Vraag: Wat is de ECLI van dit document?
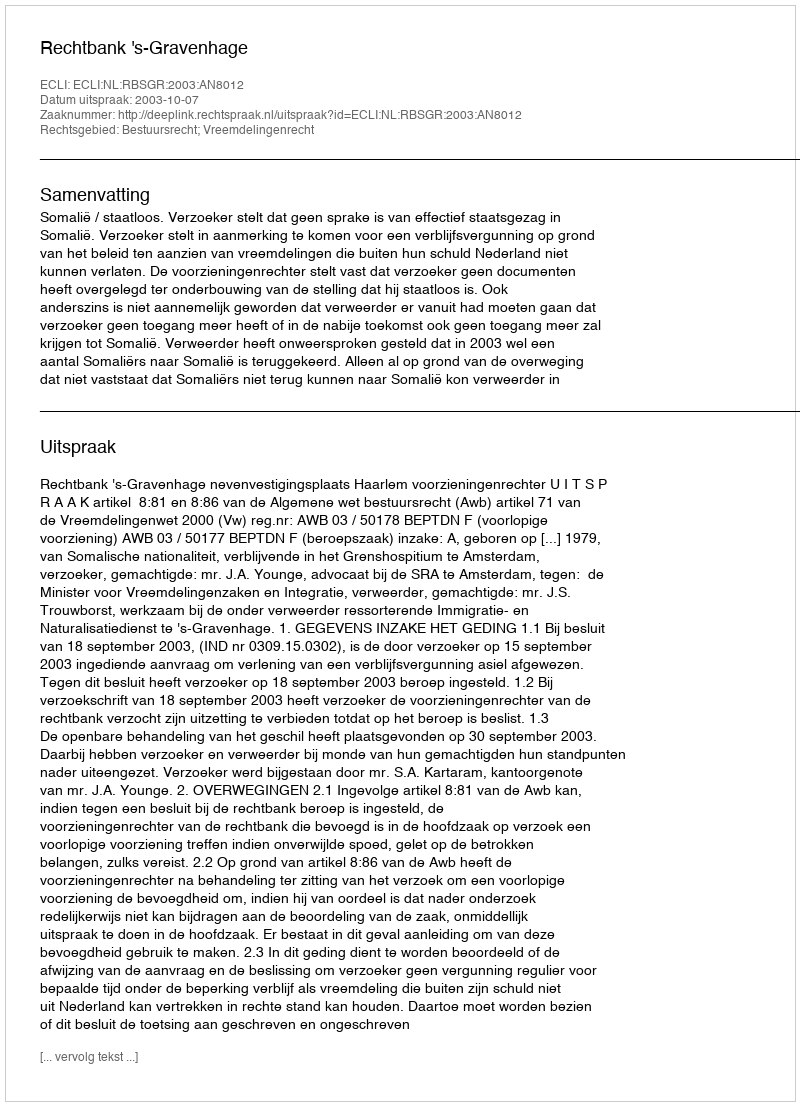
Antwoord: ECLI:NL:RBSGR:2003:AN8012